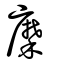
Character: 穈